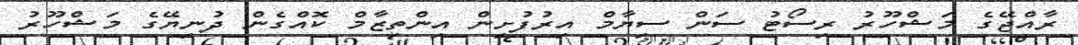
ރާއްޖޭގެ މަޝްހޫރު ރިސޯޓު ސަން ސިޔާމް އިރުފުށިން އިންތިޒާމް ކޮއްގެން ދުނިޔޭގެ މަޝްހޫރު